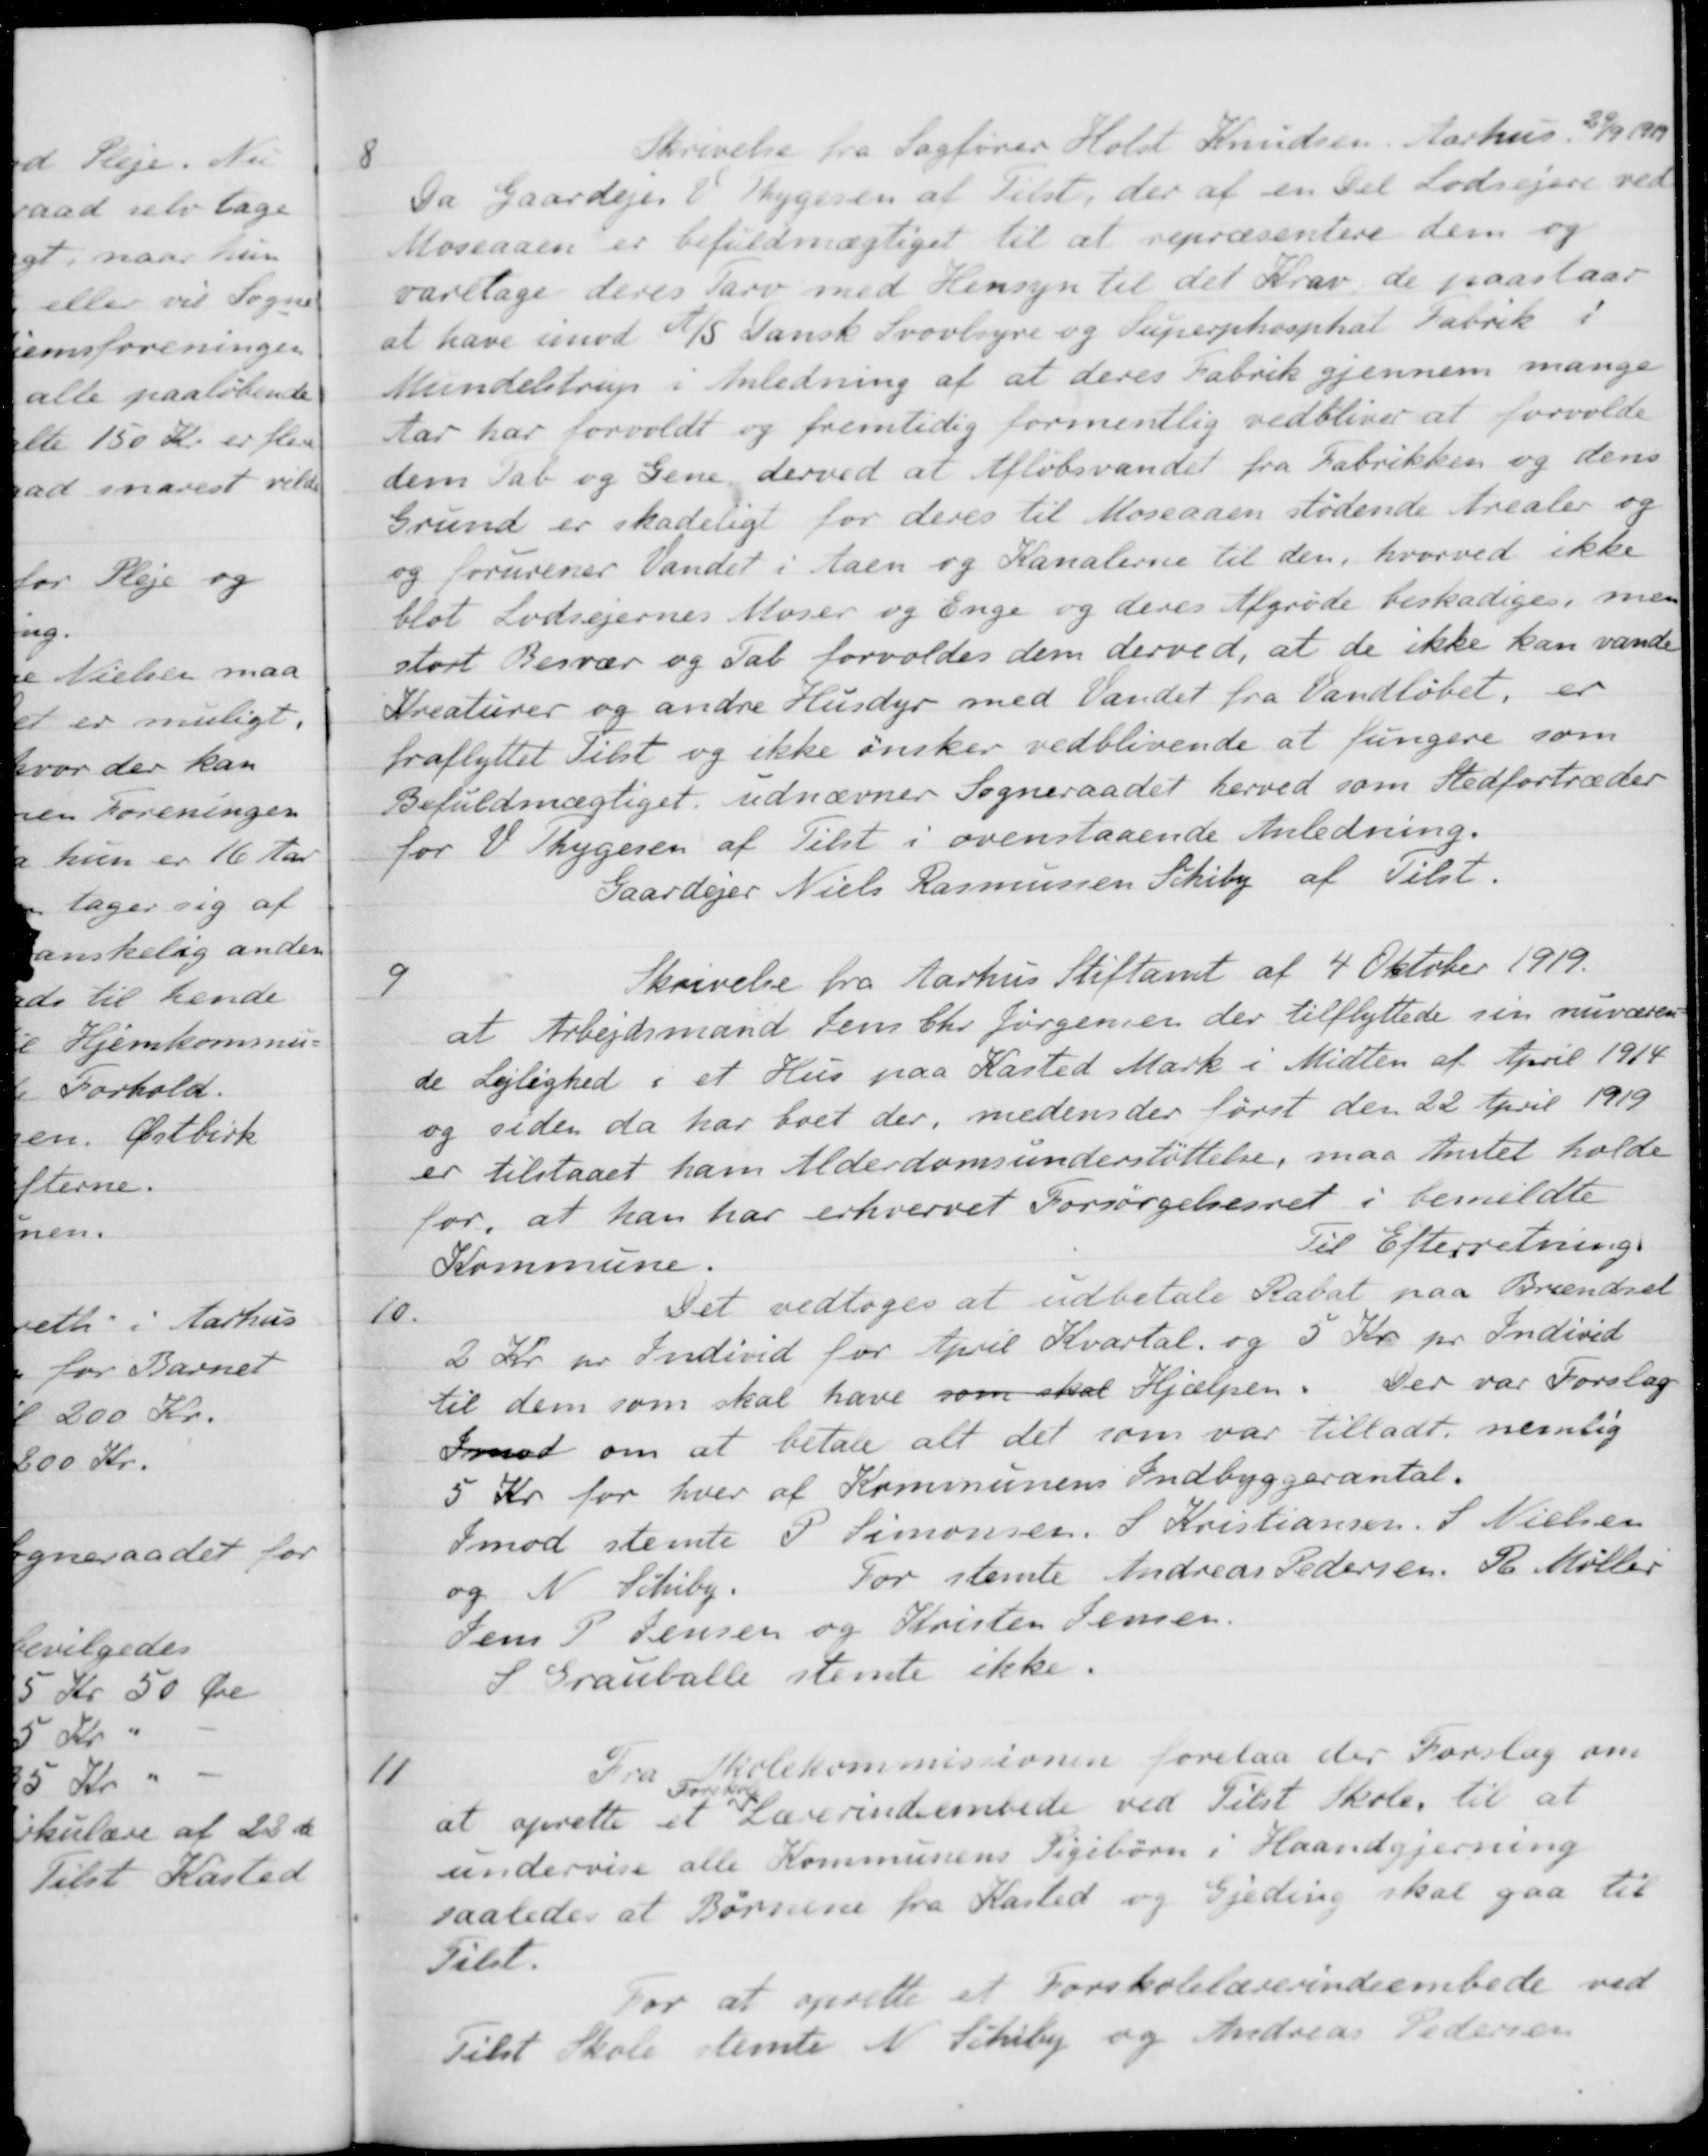
Transskription:
8
Skrivelse fra Sagfører Holst Knudsen. Aarhus 29/9 1919
Da Gaardejer V. Thygesen af Tilst, der af en Del Lodsejere ved
Moseaaen er befuldmægtiget til at repræsentere dem og
varetage deres Tarv med Hensyn til det Krav, de paastaar
at have imod A/S Dansk Svovlsyne og Superphosphat Fabrik i
Mundelstrup i Anledning af at deres Fabrik gjennem mange
Aar har forvoldt og fremtidig formentlig vedbliver at forvolde
dem Tab og Gene, derved at Afløbsvandet fra Fabrikken og dens
Grund er skadeligt for deres til Moseaaen stødende Arealer og
og forurener Vandet i Aaen og Kanalerne til den, hvorved ikke
blot Lodsejernes Moser og Enge og deres Afgrøde beskadiges, men
stort Besvær og Tab forvoldes dem derved, at de ikke kan vande
Kreaturer og andre Husdyr med Vandet fra Vandløbet, er
fraflyttet Tilst og ikke ønsker vedblivende at fungere som
Befuldmægtiget udnævner Sogneraadet herved som Stedfortræder
for V. Thygesen af Tilst i ovenstaaende Anledning.
Gaardejer Niels Rasmussen Schiby af Tilst.
9
Skrivelse fra Aarhus Stiftamt af 4 Oktober 1919.
at Arbejdsmand Jens Chr Jørgensen der tilflyttede sin nuværen-
de Lejlighed i et Hus paa Kasted Mark i Midten af April 1914
og siden da har boet der, medens der først den 22 April 1919
er tilstaaet ham Alderdomsunderstøttelse, maa Amtet holde
for, at han har erhvervet Forsørgelsesret i bemeldte
Kommune.
Til Efterretning.
10.
Det vedtoges at udbetale Rabat paa Brændsel
2 Kr. pr Individ for April Kvartal og 5 Kr pr Individ
til dem som skal have som skal Hjælpen. Der var Forslag
Imod om at betale alt det som var tilladt, nemlig
5 Kr for hver af Kommunens Indbyggerantal.
Imod stemte P. Simonsen. S. Kristiansen. S. Nielsen
og N. Schiby.
For stemte Andreas Pedersen. R. Møller
Jens P. Jensen og Kristen Jensen.
S Grauballe stemte ikke.
11
Fra Skolekommissionen forelaa der Forslag om
at oprette et
Forskole-
Lærerindeembede ved Tilst Skole til at
undervise alle Kommunens Pigebørn i Haandgjerning
saaledes at Børnene fra Kasted og Gjeding skal gaa til
Tilst.
For at oprette et Forskolelærerindeembede ved
Tilst Skole stemte N. Schiby og Andreas Pedersen